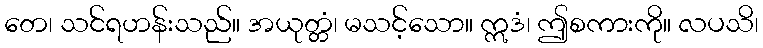
တေ၊ သင်ရဟန်းသည်။ အယုတ္တံ၊ မသင့်သော။ ဣဒံ၊ ဤစကားကို။ လပသိ၊